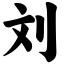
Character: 刘